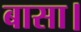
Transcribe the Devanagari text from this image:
बासा।